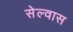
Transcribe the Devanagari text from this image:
सेल्वास